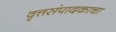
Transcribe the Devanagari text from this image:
वृत्तसंपादकाचा